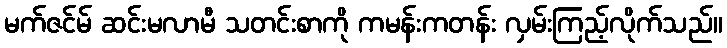
မက်ဇင်မ် ဆင်းမလာမီ သတင်းစာကို ကမန်းကတန်း လှမ်းကြည့်လိုက်သည်။